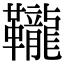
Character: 䪊